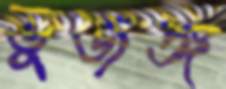
ভুজঙ্গ